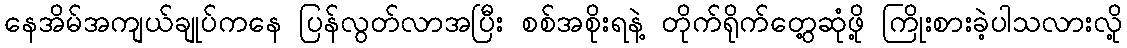
နေအိမ်အကျယ်ချုပ်ကနေ ပြန်လွတ်လာအပြီး စစ်အစိုးရနဲ့ တိုက်ရိုက်တွေ့ဆုံဖို့ ကြိုးစားခဲ့ပါသလားလို့